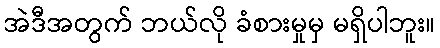
အဲဒီအတွက် ဘယ်လို ခံစားမှုမှ မရှိပါဘူး။